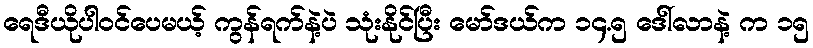
ရေဒီယိုပါဝင်ပေမယ့် ကွန်ရက်နဲ့ပဲ သုံးနိုင်ပြီး မော်ဒယ်က ၁၄.၅ ဒေါ်လာနဲ့ က ၁၅